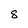
Character: 8